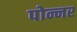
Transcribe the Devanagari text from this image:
पोन्नर